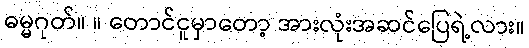
ဓမ္မဂုတ်။ ။ တောင်ငူမှာတော့ အားလုံးအဆင်ပြေရဲ့လား။